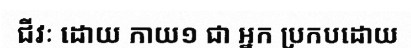
ជីវៈ ដោយ កាយ១ ជា អ្នក ប្រកបដោយ